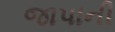
જાપાની